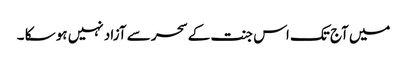
میں آج تک اس جنت کے سحر سے آزاد نہیں ہو سکا ۔